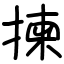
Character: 揀